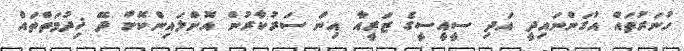
ހުނަރުތައް އުގަންނައިދީ އަދި ސީއީސީގެ ޒަރީއާ އިން ސަރުކާރުން އޮންލައިންކޮށް ދޭ ޚިދުމަތްތައް